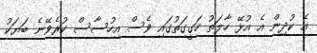
އެ ކުދިން އެ އުޅޭ ހާލަތު ހަގީގަތުގައި ވެސް އިހުސާސް ކުރެވޭނެ ބަޔަކު